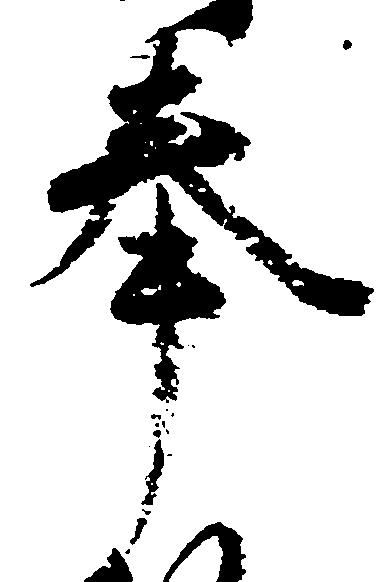
奉